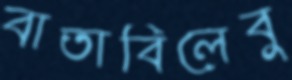
বাতাবিলেবু